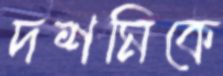
দশমিকে